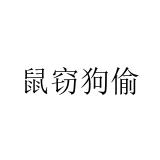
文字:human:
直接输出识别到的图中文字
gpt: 鼠窃狗偷